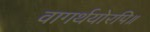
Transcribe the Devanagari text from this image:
वागर्थयोरपि॥